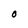
Character: O